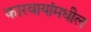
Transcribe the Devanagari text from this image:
कारवायांमधील